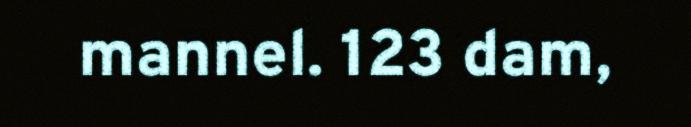
mannel. 123 dam,